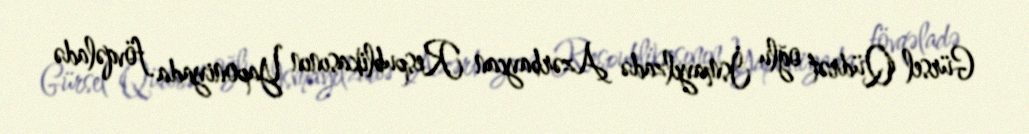
Gürsel Qüdrət oğlu İsmayılzadə Azərbaycan Respublikasının Yaponiyada fövqəladə